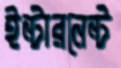
ইন্টারনেন্ট